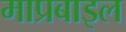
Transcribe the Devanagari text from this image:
माप्रबाइल